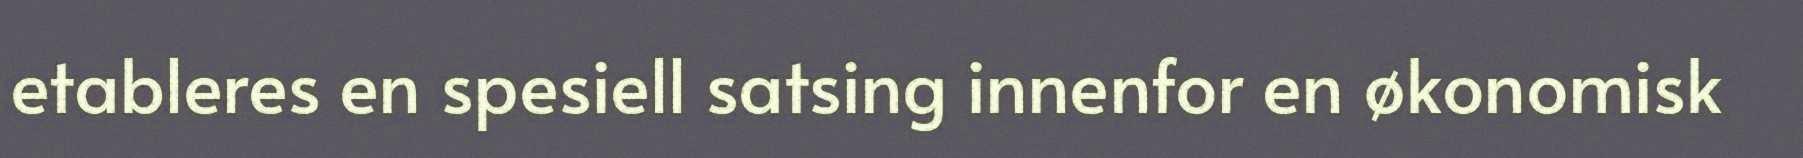
etableres en spesiell satsing innenfor en økonomisk